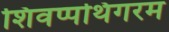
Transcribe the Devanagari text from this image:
शिवप्पथिगरम